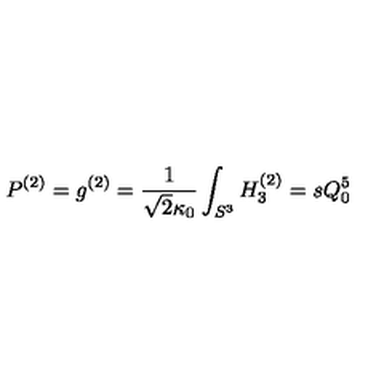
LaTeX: P ^ { ( 2 ) } = g ^ { ( 2 ) } = \frac { 1 } { \sqrt { 2 } \kappa _ { 0 } } \int _ { S ^ { 3 } } H _ { 3 } ^ { ( 2 ) } = s Q _ { 0 } ^ { 5 }